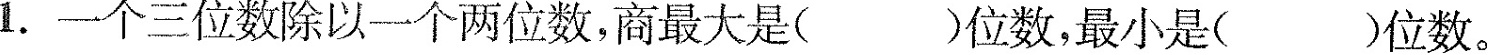
1.一个三位数除以一个两位数，商最大是()位数，最小是()位数。